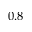
0 . 8